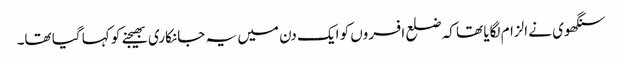
سنگھوی نے الزام لگایا تھا کہ ضلع افسروں کو ایک دن میں یہ جانکاری بھیجنے کو کہا گیا تھا۔